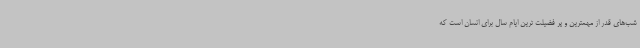
شب‌های قدر از مهمترین و پر فضیلت ترین ایام سال برای انسان است که